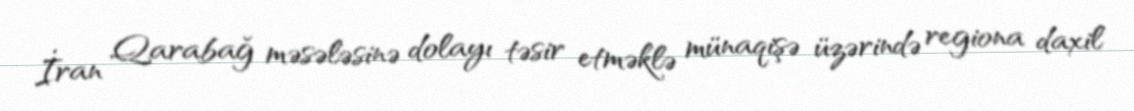
İran Qarabağ məsələsinə dolayı təsir etməklə münaqişə üzərində regiona daxil